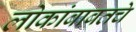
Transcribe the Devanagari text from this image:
लोकांबाबतचे